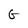
Character: G